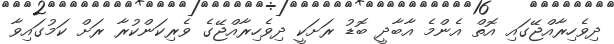
ދިވެހިރާއްޖޭގައި އޮތް އެންމެ އާބާދީ ބޮޑު ރަށަކީ ދިވެހިރާއްޖޭގެ ވެރިކަންކުރާ ރަށް ކަމުގައިވާ